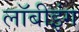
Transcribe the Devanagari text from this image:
लॉबीइंग